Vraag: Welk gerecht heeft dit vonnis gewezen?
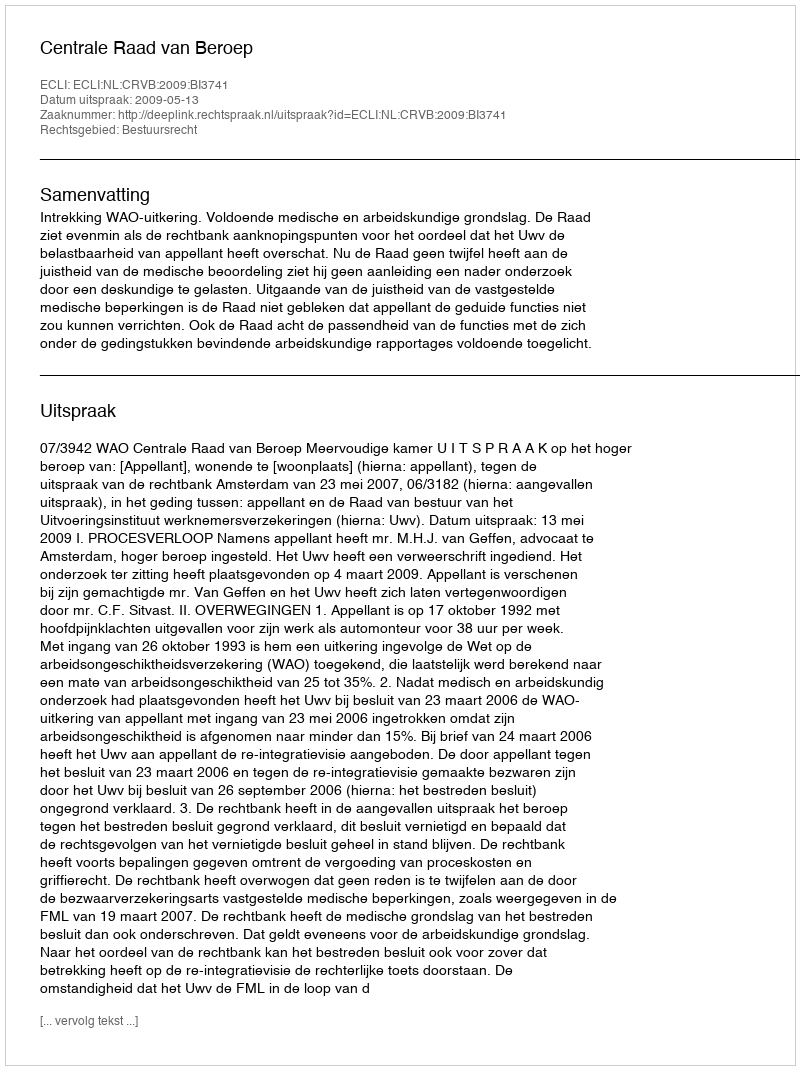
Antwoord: Centrale Raad van Beroep